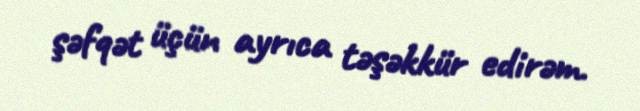
şəfqət üçün ayrıca təşəkkür edirəm.